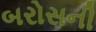
બરોસની